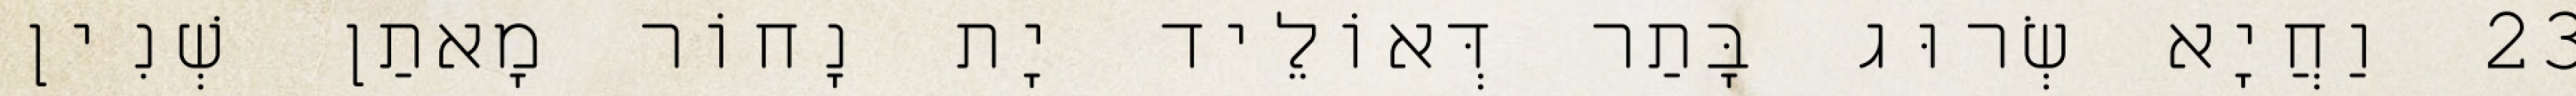
23 וַחֲיָא שְׂרוּג בָּתַר דְּאוֹלֵיד יָת נָחוֹר מָאתַן שְׁנִין